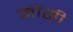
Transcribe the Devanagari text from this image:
मोसी